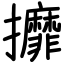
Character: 攠